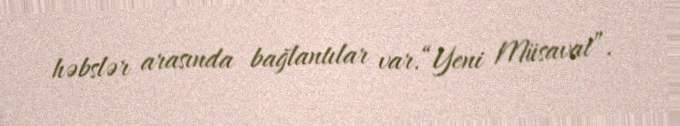
həbslər arasında bağlantılar var.“Yeni Müsavat”.